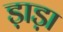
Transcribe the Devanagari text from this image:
ड़ाड़ा